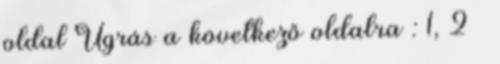
oldal Ugrás a következő oldalra : 1, 2 »